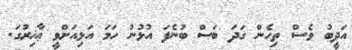
އަދީބު ވެސް ތިހެން ގަދަ ބަސް ބުނެފަ އުޅުނު ހަމަ އަޅިއަށްވީ ޢާޚިރުގަ.